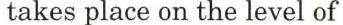
takes place on the level of